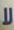
لا